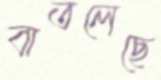
বাতলেছে